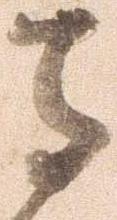
守